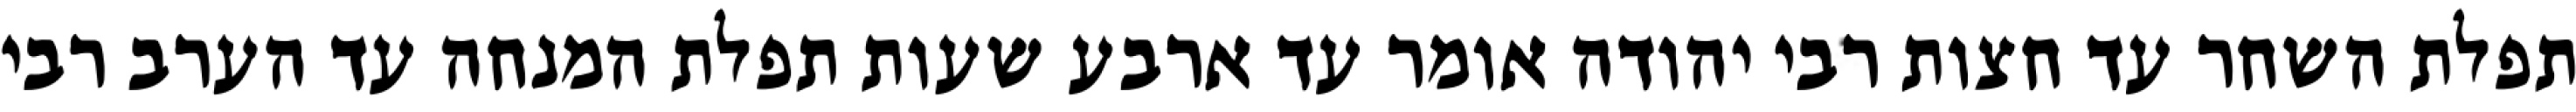
תפלת השחר עד חצות רבי יהודה אומר עד ארבע שעות תפלת המנחה עד הערב רבי